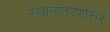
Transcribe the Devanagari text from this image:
स्थानांतरणोत्तर